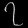
Digit: ၇